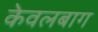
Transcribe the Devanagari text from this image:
केवलबाग